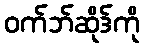
ဝက်ဘ်ဆိုဒ်ကို